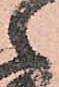
々